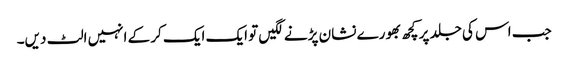
جب اس کی جلد پر کچھ بھورے نشان پڑنے لگیں تو ایک ایک کر کے انہیں الٹ دیں۔